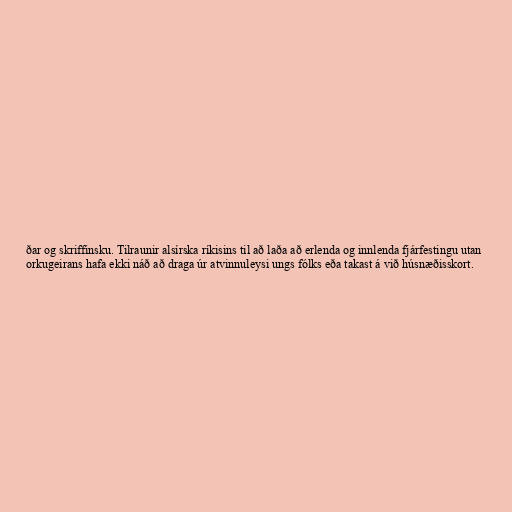
ðar og skriffinsku. Tilraunir alsírska ríkisins til að laða að erlenda og innlenda fjárfestingu utan
orkugeirans hafa ekki náð að draga úr atvinnuleysi ungs fólks eða takast á við húsnæðisskort.